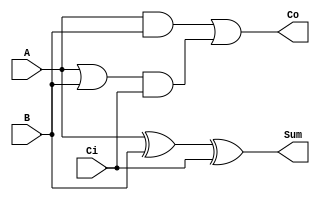
// This program was cloned from: https://github.com/shuji-oh/PLI_TDC_for_CAN
// License: MIT License

module adder (
    output Sum,
    output Co,
    input A,
    input B,
    input Ci
);

assign Sum = A ^ B ^ Ci;
assign Co = (A&&B || (A||B)&&Ci);

endmodule